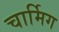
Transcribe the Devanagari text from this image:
चार्मिग